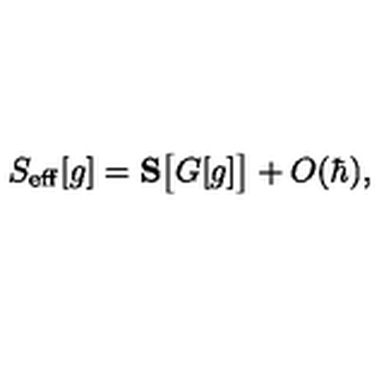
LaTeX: S _ { \mathrm { e f f } } [ g ] = \mathbf { S } \big [ G [ g ] \big ] + O ( \hbar ) ,